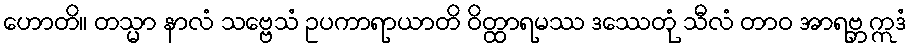
ဟောတိ။ တသ္မာ နာလံ သဗ္ဗေသံ ဥပကာရာယာတိ ဝိတ္ထာရမဿ ဒဿေတုံ သီလံ တာဝ အာရဗ္ဘ ဣဒံ